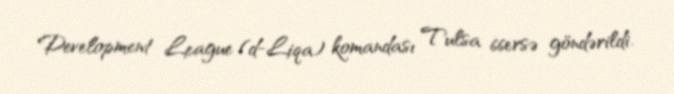
Development League (d-Liqa) komandası Tulsa 66ersə göndərildi.